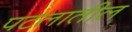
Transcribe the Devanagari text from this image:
पटलातील